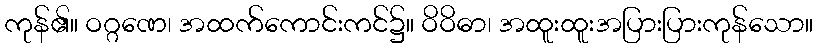
ကုန်၏။ ဝဂ္ဂဏေ၊ အထက်ကောင်းကင်၌။ ဝိဝိဓာ၊ အထူးထူးအပြားပြားကုန်သော။